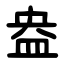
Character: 盎